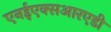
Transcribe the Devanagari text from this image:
एनईएक्सआरएडी